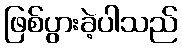
ဖြစ်ပွားခဲ့ပါသည်